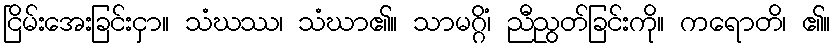
ငြိမ်းအေးခြင်းငှာ။ သံဃဿ၊ သံဃာ၏။ သာမဂ္ဂိံ၊ ညီညွတ်ခြင်းကို။ ကရောတိ၊ ၏။